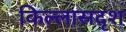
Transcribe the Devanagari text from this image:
किल्लासदृश